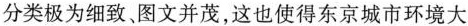
分类极为细致、图文并茂，这也使得东京城市环境大